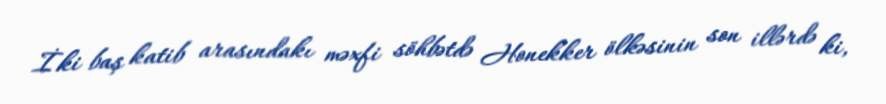
İki baş katib arasındakı məxfi söhbətdə Honekker ölkəsinin son illərdə ki,